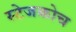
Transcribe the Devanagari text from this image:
स्‍टेजकोच